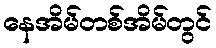
နေအိမ်တစ်အိမ်တွင်